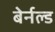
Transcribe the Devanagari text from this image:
बेर्नल्ड